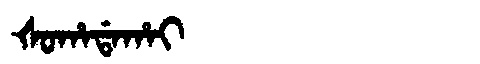
Manchu: ᡧᠣᡥᠠᡩᠠᡥᠠᡳ
Romanization: ŠOHADAHAI